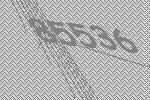
85536